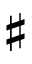
\sharp